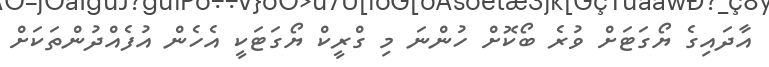
އާދައިގެ ޔޯގަޓަށް ވުރެ ބޯކޮށް ހުންނަ މި ގްރީކް ޔޯގަޓަކީ އެހެން އުފެއްދުންތަކަށް